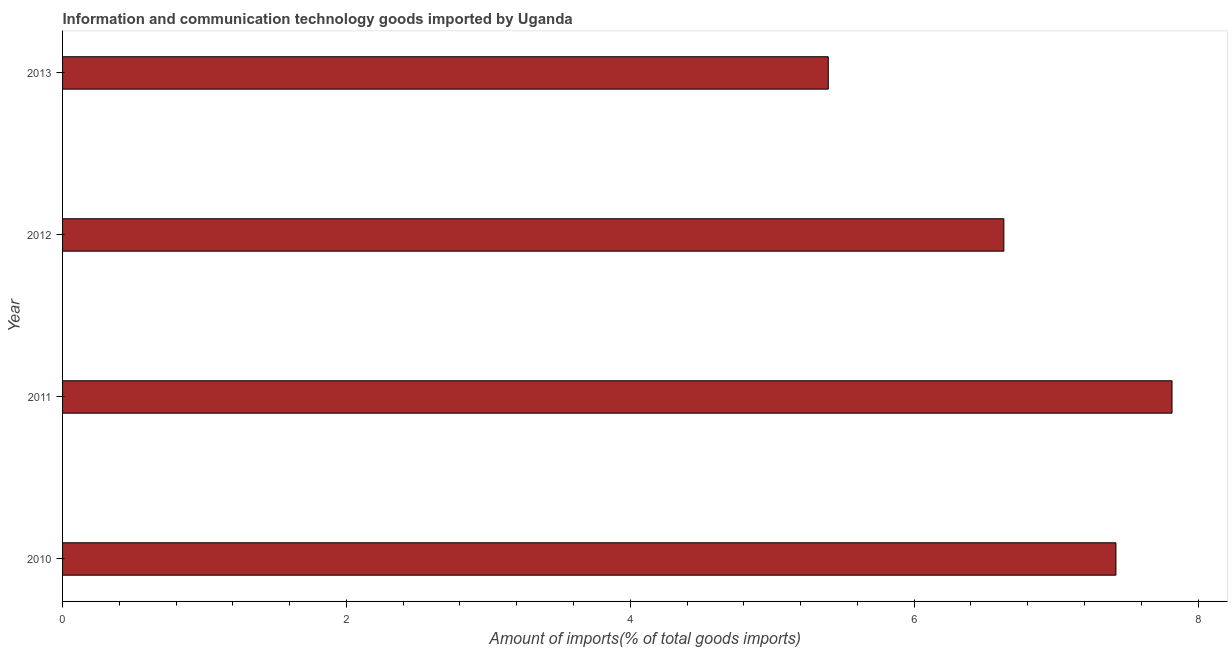
| Year | ICT goods imports |
 | --- | --- |
 | 2010 | 7.42 |
 | 2011 | 7.82 |
 | 2012 | 6.63 |
 | 2013 | 5.39 |